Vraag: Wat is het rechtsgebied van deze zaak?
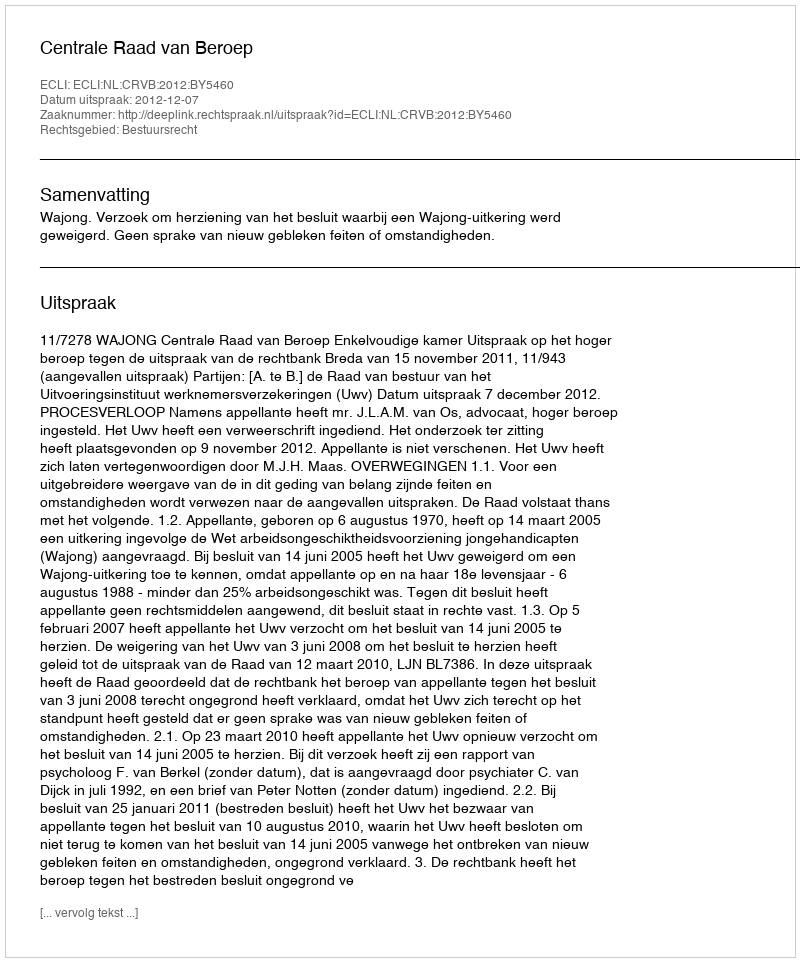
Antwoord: Bestuursrecht